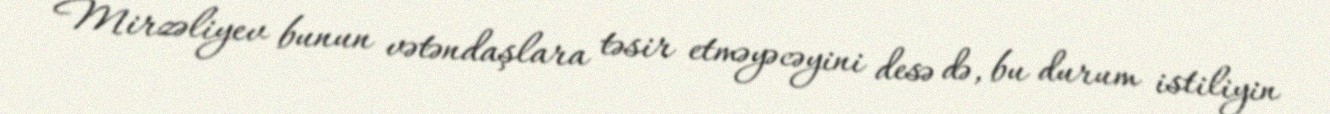
Mirzəliyev bunun vətəndaşlara təsir etməyəcəyini desə də, bu durum istiliyin